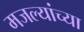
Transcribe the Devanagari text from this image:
मजल्यांच्या